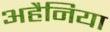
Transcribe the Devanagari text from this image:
अहैनिया